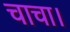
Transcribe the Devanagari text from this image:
चाचा।